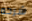
شرحه